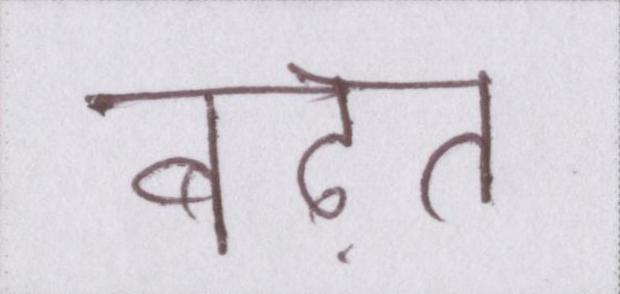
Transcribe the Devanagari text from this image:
बढ़त